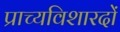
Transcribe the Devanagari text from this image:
प्राच्यविशारदों